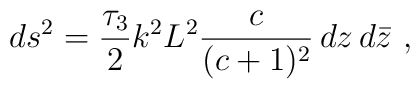
ds^2 = {\tau_3 \over 2} k^2 L^2 {c \over (c+1)^2} \, dz \, d\bar{z}\ ,